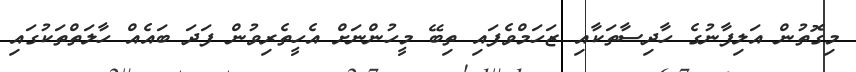
މިގޮތުން އަލިފާނުގެ ހާދިސާތަކާއި ޒަހަމްވެފައި ތިބޭ މީހުންނަށް އެހީތެރިވުން ފަދަ ބައެއް ހާލަތްތަކުގައި